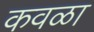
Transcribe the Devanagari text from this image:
कवळा